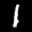
Label: 1